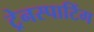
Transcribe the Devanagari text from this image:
ट्रेनस्पाटिंग